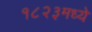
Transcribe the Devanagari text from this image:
१८२३मध्ये